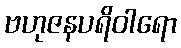
ဗဟုဇနပရိဝါရော